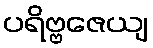
ပရိဗ္ဗဇေယျ